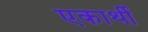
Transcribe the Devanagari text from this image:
एकार्थी